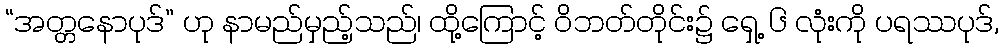
“အတ္တနောပုဒ်” ဟု နာမည်မှည့်သည်၊ ထို့ကြောင့် ဝိဘတ်တိုင်း၌ ရှေ့ ၆ လုံးကို ပရဿပုဒ်,